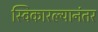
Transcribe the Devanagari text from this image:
स्विकारल्यानंतर